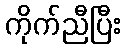
ကိုက်ညီပြီး